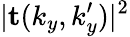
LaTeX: |\mathbf{t}(k_{y},k_{y}^{\prime})|^{2}